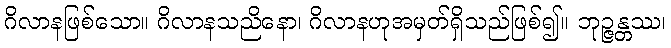
ဂိလာနဖြစ်သော။ ဂိလာနသညိနော၊ ဂိလာနဟုအမှတ်ရှိသည်ဖြစ်၍။ ဘုဉ္ဇန္တဿ၊